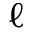
\ell